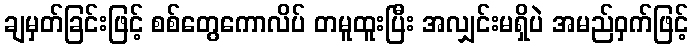
ချမှတ်ခြင်းဖြင့် စစ်တွေကောလိပ် တမူထူးပြီး အလျှင်းမရှိပဲ အမည်ဝှက်ဖြင့်